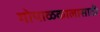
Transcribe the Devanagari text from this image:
गोपाळकालासाठी